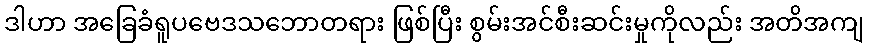
ဒါဟာ အခြေခံရူပဗေဒသဘောတရား ဖြစ်ပြီး စွမ်းအင်စီးဆင်းမှုကိုလည်း အတိအကျ